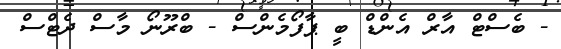
- ބެސްޓް އާރް އެންޑް ބީ ޕާފޯމެންސް - ބްރޫނޯ މާސް ދެޓްސް